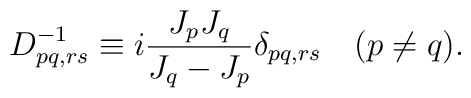
D^{-1}_{pq,rs}\equiv i\frac{J_pJ_q}{J_q-J_p}\delta_{pq,rs}\quad (p\neq q).